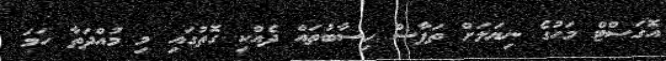
އޮގަސްޓް މަހުގެ ނިޔަލަށް ތަފާސް ހިސާބުތައް ދެއްކި ގޮތުގައި މި މުއްދަތާ ހަމަ